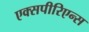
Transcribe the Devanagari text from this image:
एक्सपीरिएन्स